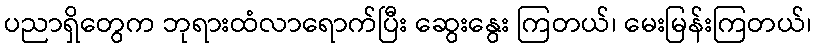
ပညာရှိတွေက ဘုရားထံလာရောက်ပြီး ဆွေးနွေး ကြတယ်၊ မေးမြန်းကြတယ်၊